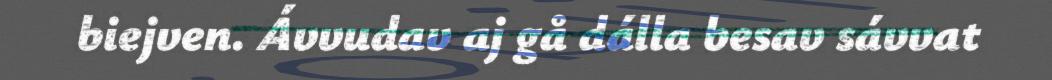
biejven. Ávvudav aj gå dálla besav sávvat